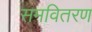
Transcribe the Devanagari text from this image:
समवितरण